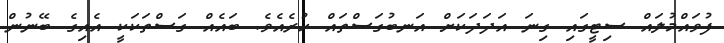
ފުވައްމުލައް ސިޓީގައި ގިނަ އަދަދަކަށް އަނބުގަސްތައް ހުރެއެވެ. ބައެއް ގަސްތަކަކީ އެއިގެ ބޭނުން